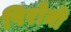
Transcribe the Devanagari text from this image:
पिरोनी